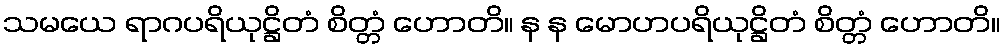
သမယေ ရာဂပရိယုဋ္ဌိတံ စိတ္တံ ဟောတိ။ န န မောဟပရိယုဋ္ဌိတံ စိတ္တံ ဟောတိ။